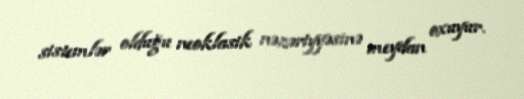
sistemlər olduğu neoklasik nəzəriyyəsinə meydan oxuyur.